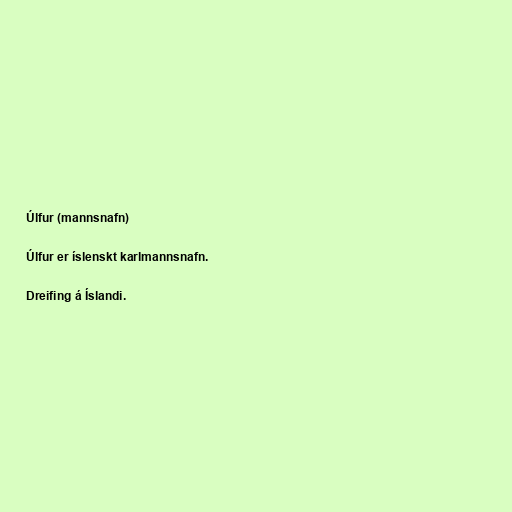
Úlfur (mannsnafn)

Úlfur er íslenskt karlmannsnafn.

Dreifing á Íslandi.